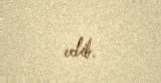
edib.